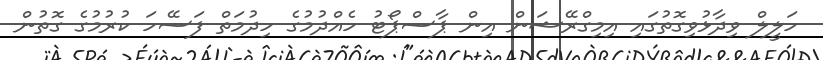
ހަލީލް ވިދާޅުވިގޮތުގައި އިމިގްރޭޝަން އިން ޕާސްޕޯޓު ހެއްދުމުގެ ހިދުމަތް ފަސޭހަ ކުރުމުގެ ގޮތުން